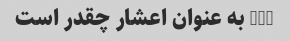
7/8 به عنوان اعشار چقدر است